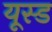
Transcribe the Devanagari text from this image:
यूस्ड